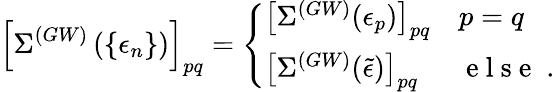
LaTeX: \left[\Sigma^{(GW)}\left(\left\{ \epsilon_{n}\right\} \right)\right]_{pq}=\left\{ \begin{array}{ll}{\left[\Sigma^{(GW)}(\epsilon_{p})\right]_{pq}}&{p=q}\\ {\left[\Sigma^{(GW)}(\tilde{\epsilon})\right]_{pq}}&{\mathrm{~e~l~s~e~}\; .}\end{array}\right.